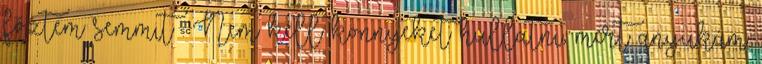
főztem semmit : Nem kell könnyeket hullatni, mert anyukám